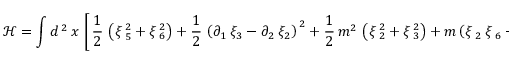
\mathcal { H } = \int d ^ { \, 2 } \, x \, \left[ \, \frac { 1 } { 2 } \, \left( \xi \, _ { 5 } ^ { 2 } + \xi \, _ { 6 } ^ { 2 } \right) + \frac { 1 } { 2 } \, \left( \partial _ { 1 } \, \xi _ { 3 } - \partial _ { 2 } \, \xi _ { 2 } \right) ^ { \, 2 } + \frac { 1 } { 2 } \, m ^ { 2 } \, \left( \xi \, _ { 2 } ^ { 2 } + \xi \, _ { 3 } ^ { 2 } \right) + m \left( \xi \, _ { 2 } \, \xi \, _ { 6 } - \xi \, _ { 3 } \, \xi \, _ { 5 } \right) \right] ;